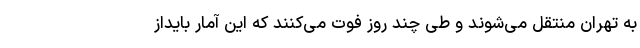
به تهران منتقل می‌شوند و طی چند روز فوت می‌کنند که این آمار بایداز